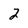
Character: 2